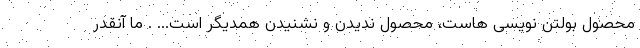
محصول بولتن نویسی هاست، محصول ندیدن و نشنیدن همدیگر است... . ما آنقدر